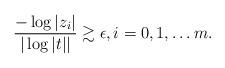
LaTeX: \begin{align*} \frac{-\log |z_i|}{ |\log |t|| }\gtrsim \epsilon , i=0, 1,\ldots m. \end{align*}